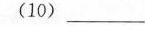
(10)___